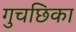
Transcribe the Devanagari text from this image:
गुचछिका